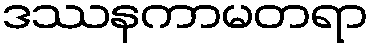
ဒဿနကာမတရာ